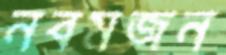
নবমজন